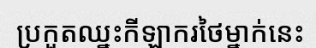
ប្រកួតឈ្នះកីឡាករថៃម្នាក់នេះ